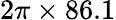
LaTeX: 2\pi\times 86.1